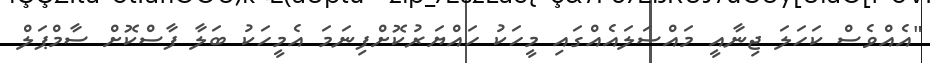
"އެއްވެސް ކަހަލަ ޖިނާއީ މައްސަލައެއްގައި މީހަކު ހައްޔަރުކޮށްފިނަމަ އެމީހަކު ބަލާ ފާސްކޮށް ސާމްޕަލް